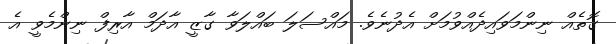
ގޮތެއް ނިންމަވައިދެއްވުމަށް އެދުނެވެ. މައްސަލަ ބައްލަވާ ގާޒީ އާދަމް އާރިފް ނިންމެވީ އެ